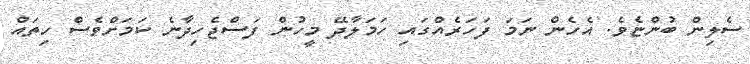
ސެލިން ބުންޏެވެ. އެހެން ނަމަ ފަހަރެއްގައި ހަމަލާދޭ މީހުން ފަސްޖެހިދާނެ ކަމަށްވެސް ހިތައް